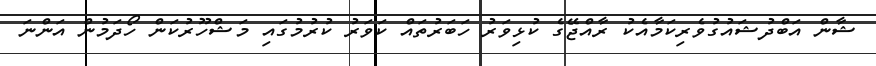
ޝާން އަބްދުޝައުގުވެރިކަމާއެކު ރާއްޖޭގެ ކުޅިވަރު ހަބަރުތައް ކަވަރު ކުރުމުގައި މަޝްހޫރުކަން ހޯދަމުން އަންނަ